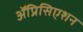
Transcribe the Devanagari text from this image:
ॲप्रिसिएशन